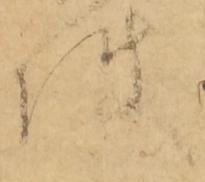
件